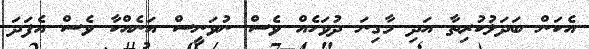
އެކަން ބަދަލުކުރިތާ އަދި މާގިނަ ދުވަހެއް ވެސް ނުވަނީސް އަނެއްކާ ވެސް އެފަދަ